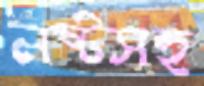
নষ্টসহ